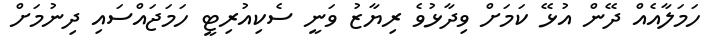
ހަމަލާއެއް ދޭން އުޅޭ ކަމަށް ވިދާޅުވެ ރިޔާޒު ވަނީ ސެކިއުރިޓީ ހަމަޖައްސައި ދިނުމަށް